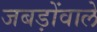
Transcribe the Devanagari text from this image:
जबड़ोंवाले